Civil Veterinary Department Bihar & Orissa reports 1929-36 - 1929-1936
Year: 1929
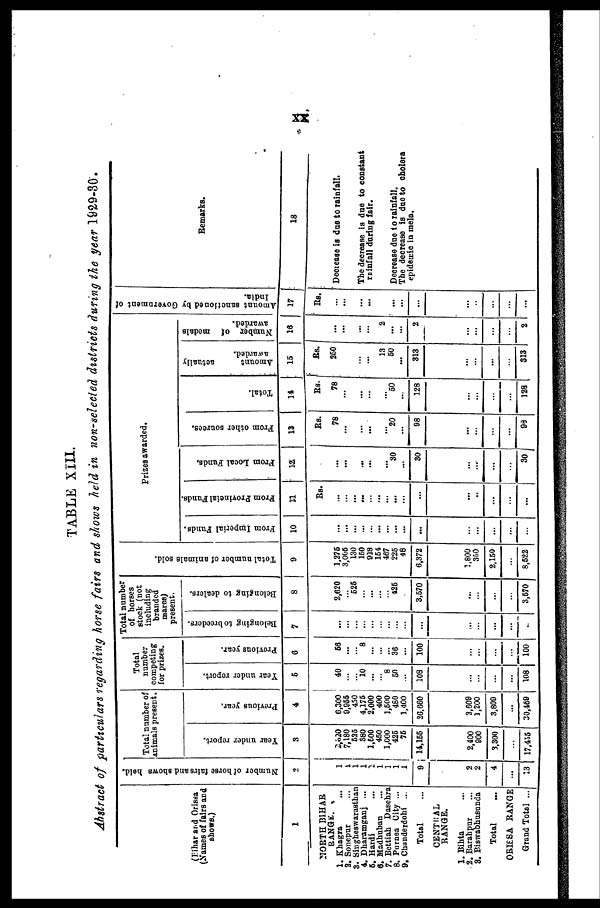
XX
TABLE XIII.
Abstract of particulars regarding horse fairs and shows held in non-selected districts during the year 1929-30.
(Bihar and Orisaa
(Names of fairs and
shows.)
1
NORTH BIHAR
RANGE.
1. Khagra …
2. Sonepar ...
3. Singheswarasthan
4. Dharamganj ...
6. Hardi ...
6. Madhuban ...
7. Bcttiah Dasehra
8. Parnen City …
9. Chanderdohi ...
Total ...
CENTRAL
RANGE.
1. Bihta ...
2. Barabpur ...
3. Biswabhusunda
Total …
ORISSA RANGE
Grand Total ...
Number of horse fairs and shows held.
2
1
1
1
1
1
1
1
1
9
2
2
4
…
13
Total number of
animals present.
Year under report.
3
2,620
7,180
525
380
1,500
450
1,000
425
75
14,155
2,400
900
3,300
…
17,455
Previous year.
4
6,300
9,955
450
4,175
2,000
400
1,500
460
1,400
26,660
3,609
1,200
3,800
...
30,469
Total
number
competing
for prizes.
Year under report.
5
40
…
10
…
… 8
50
…
108
…
…
…
…
108
Previous year.
0
66
…
8
…
…
36
...
100
...
…
…
…
100 I
Total number
of horses
stock (not
including
branded
mares)
present.
iBelonging to breeders.
7
...
…
…
…
…
…
…
…
…
…
…
...
Belonging to dealers.
3
2,620
…
525
…
…
426
…
3,670
…
…
…
…
3,670
Total number of animals sold.
9
1,276
3,005
130
150
918
151
467
225
48
6,372
1,800
350
2,150
…
8,522
Prizes awarded.
From Imperial Funds.
10
…
...
…
…
…
…
…
…
…
…
…
…
…
...
From Provincial Funds.
n
Rs.
…
…
...
…
…
… ...
…
…
...
…
…
…
...
From Local Funds,
12
...
...
...
…
… 30
…
30
...
…
…
…
30
From other sources.
13
Rs.
78
…
…
…
…
… 20
…
98
...
…
…
…
96
Total.
14
Rs.
78
…
...
…
…
... 60
…
128
…
…
…
…
128
Amount
actually
awarded.
15
Rs.
250
…
…
…
13
…
… ...
313
…
…
…
…
313
Number of medals
awarded.
16
…
...
...
…
…
…
...
…
2
…
…
…
…
2
A mount sanctioned by Government of
India.
17
Rs.
…
…
…
...
…
…
…
…
…
…
…
…
…
...
Remarks.
18
Decrease is due to rainfall.
The decrease is due to constant
rainfall during fair.
Decrease due to rainfall.
The decrease is due to cholera
epidamic in mela.